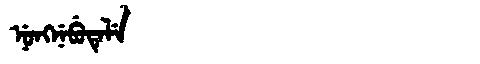
Manchu: ᠨᡠᠩᠨᡝᠪᡠᡨᡝᠯᡝ
Romanization: NUNGNEBUTELE